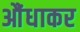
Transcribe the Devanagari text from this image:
औंधाकर